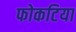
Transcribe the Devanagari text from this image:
फोकटिया